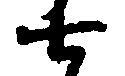
七